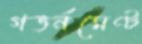
গভর্নমেণ্ট